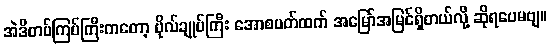
အဲဒီတပ်ကြပ်ကြီးကတော့ ဗိုလ်ချုပ်ကြီး အောစပတ်ထက် အမြော်အမြင်ရှိတယ်လို့ ဆိုရပေမဗျ။